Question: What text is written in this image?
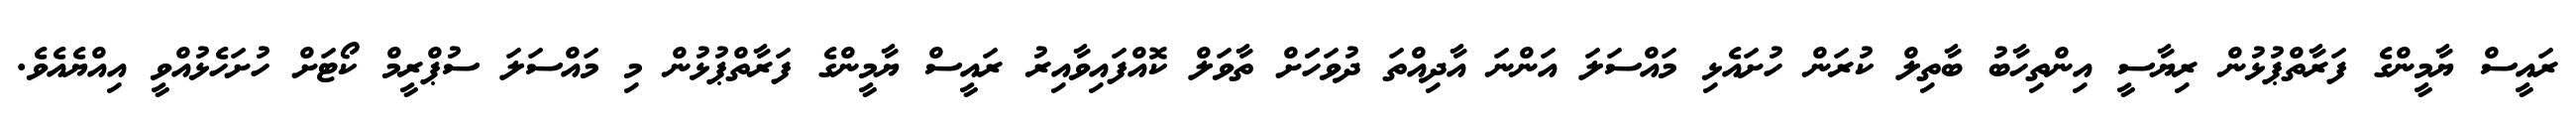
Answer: ރައީސް ޔާމީންގެ ފަރާތްޕުޅުން ރިޔާސީ އިންތިހާބު ބާތިލް ކުރަން ހުށައެޅި މައްސަލަ އަންނަ އާދިއްތަ ދުވަހަަށް ތާވަލް ކޮއްފައިވާއިރު ރައީސް ޔާމީންގެ ފަރާތްޕުޅުން މި މައްސަލަ ސުޕްރީމް ކޯޓަށް ހުށަހެޅުއްވީ އިއްޔެއެވެ.